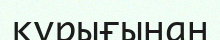
құрығынан